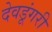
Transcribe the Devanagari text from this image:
देवडूंगरी